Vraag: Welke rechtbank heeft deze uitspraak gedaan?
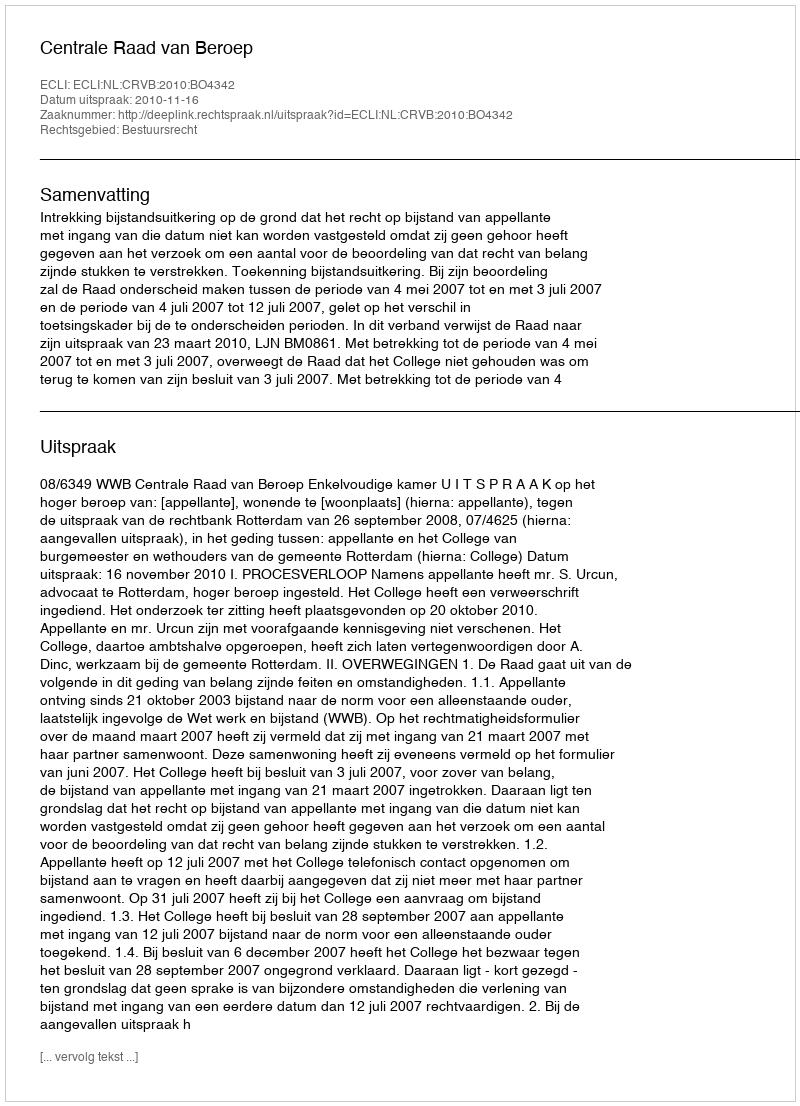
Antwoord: Centrale Raad van Beroep